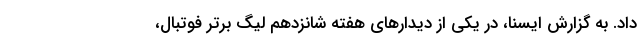
داد. به گزارش ایسنا، در یکی از دیدارهای هفته شانزدهم لیگ برتر فوتبال،